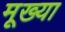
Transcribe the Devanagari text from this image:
मूख्या